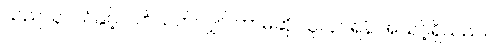
သည်သူငယ်နှင့် ပတ်သက်လျှင် ဘာမဆို သူလုပ်ရန် အသင့်ရှိသည်။